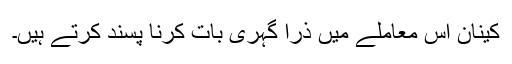
کینان اس معاملے میں ذرا گہری بات کرنا پسند کرتے ہیں۔